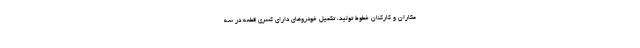
مکاران و کارکنان خطوط تولید، تکمیل خودروهای دارای کسری قطعه در سه